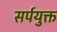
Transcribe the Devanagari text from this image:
सर्पयुक्त